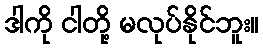
ဒါကို ငါတို့ မလုပ်နိုင်ဘူး။